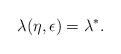
LaTeX: \begin{align*}\lambda(\eta, \epsilon) = \lambda^*.\end{align*}